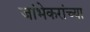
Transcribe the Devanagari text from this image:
जांभेकरांच्या